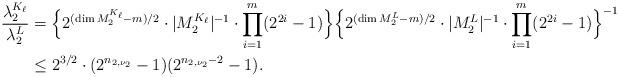
LaTeX: \begin{align*} \frac{\lambda_2^{K_{\ell}}}{\lambda_2^L}&=\Bigl\{2^{(\dim M_2^{K_{\ell}}-m)/2}\cdot|M_2^{K_{\ell}}|^{-1}\cdot\prod_{i=1}^{m}(2^{2i}-1)\Bigr\}\Bigl\{2^{(\dim M_2^L-m)/2}\cdot|M_2^L|^{-1}\cdot\prod_{i=1}^{m}(2^{2i}-1)\Bigr\}^{-1}\\ &\leq 2^{3/2}\cdot(2^{n_{2,\nu_2}}-1)(2^{n_{2,\nu_2}-2}-1).\end{align*}